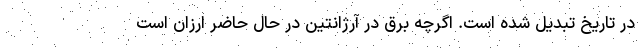
در تاریخ تبدیل شده است. اگرچه برق در آرژانتین در حال حاضر ارزان است